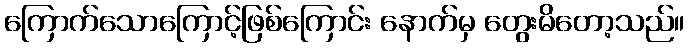
ကြောက်သောကြောင့်ဖြစ်ကြောင်း နောက်မှ တွေးမိတော့သည်။